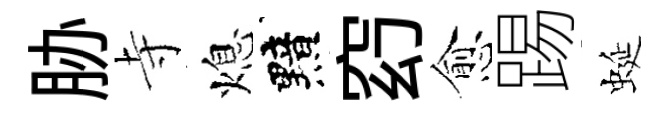
胁寺熄黯𥥆愈踢蜒